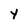
Character: Y